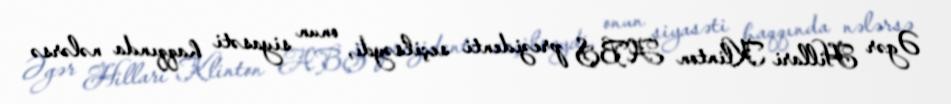
Əgər Hillari Klinton ABŞ prezidenti seçilsəydi, onun siyasəti haqqında nələrsə